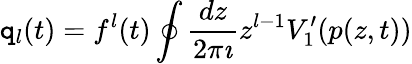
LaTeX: \mathtt{q}_{l}(t)=f^{l}(t)\oint\frac{{dz}}{{2\pi\imath}}z^{l-1}V_{1}^{\prime}(p(z,t))